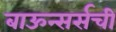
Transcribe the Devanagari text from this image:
बाऊन्सर्सची